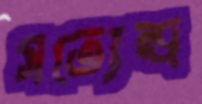
সত্যেন্দ্র